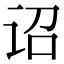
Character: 诏